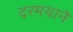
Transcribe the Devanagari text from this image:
दरमयाने